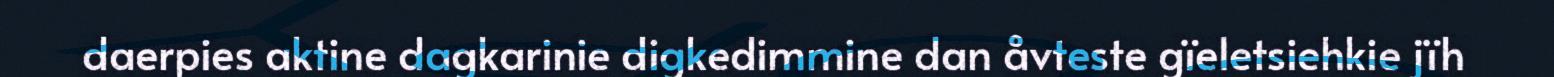
daerpies aktine dagkarinie digkedimmine dan åvteste gïeletsiehkie jïh